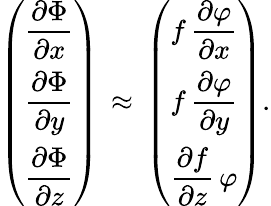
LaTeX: {\left(\begin{array}{l}{\displaystyle{\frac{\partial\Phi}{\partial{x}}}}\\ {\displaystyle{\frac{\partial\Phi}{\partial{y}}}}\\ {\displaystyle{\frac{\partial\Phi}{\partial{z}}}}\end{array}\right)}\, \approx\, {\left(\begin{array}{l}{\displaystyle f\, {\frac{\partial\varphi}{\partial{x}}}}\\ {\displaystyle f\, {\frac{\partial\varphi}{\partial{y}}}}\\ {\displaystyle{\frac{\partial{f}}{\partial{z}}}\, \varphi}\end{array}\right)}.